Problem: 8 × 5 = ?
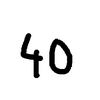
Handwritten answer: 40